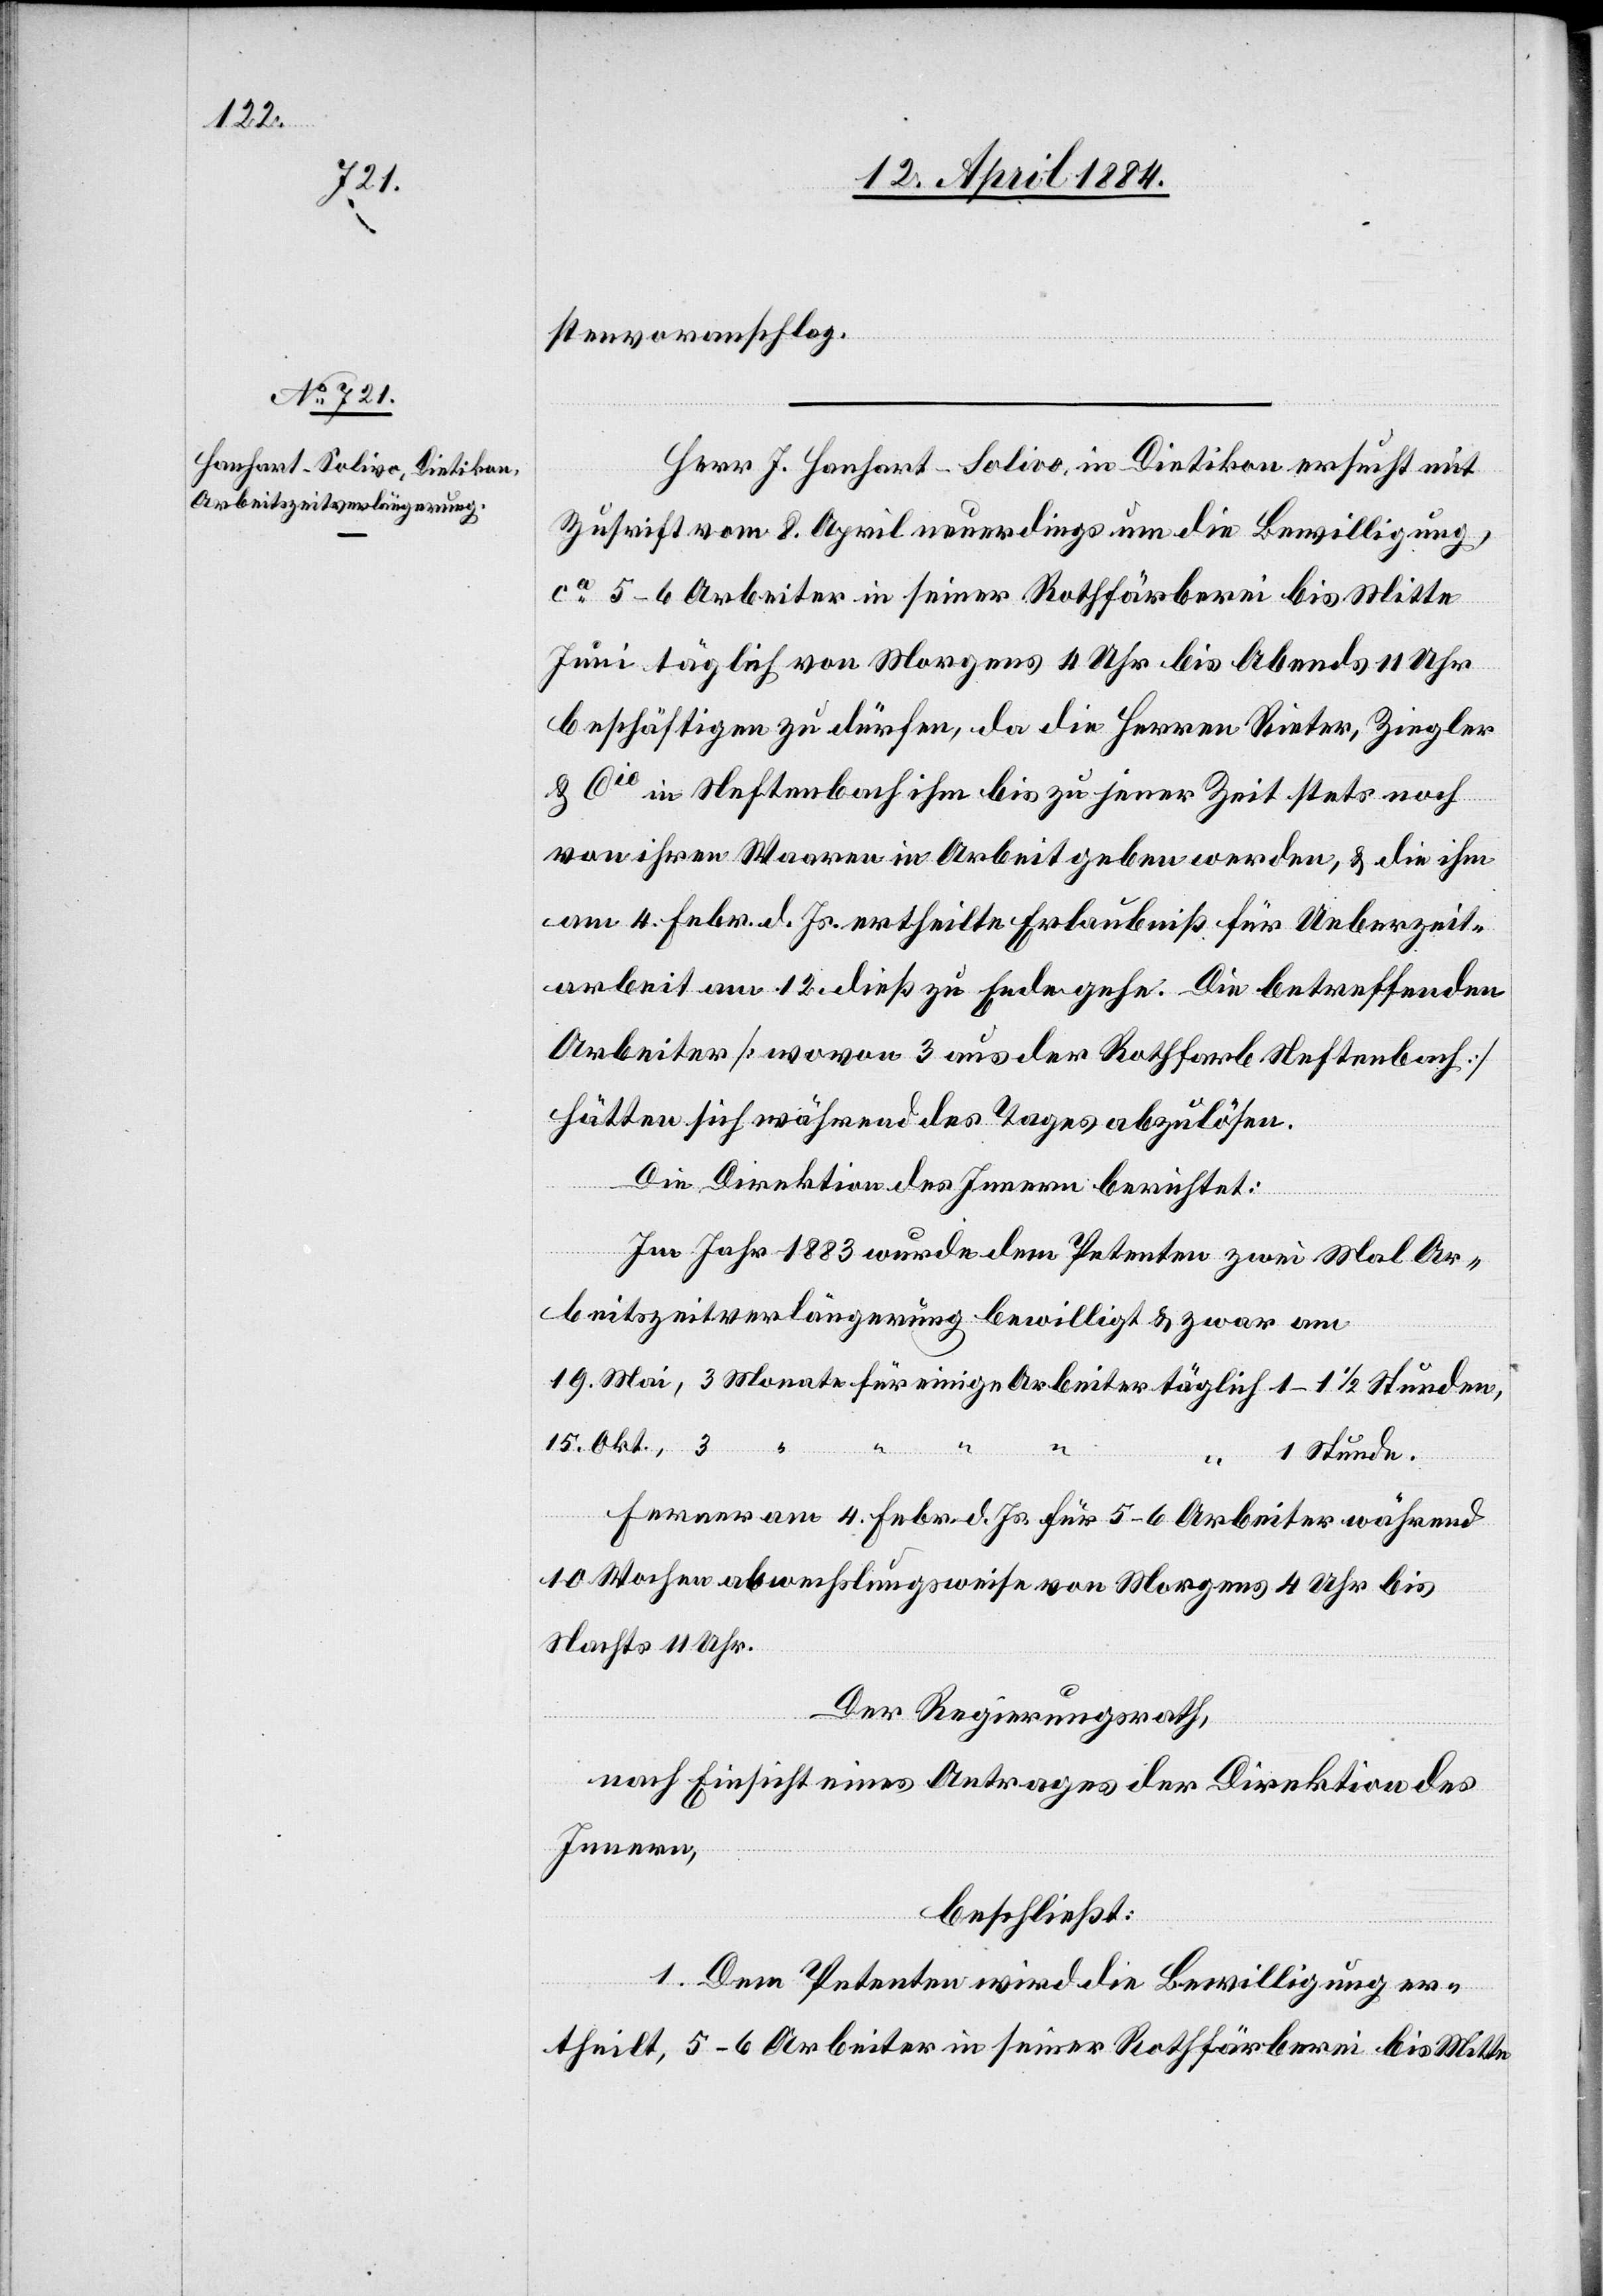
stenvoranschlag.
Herr J. Hanhart-Solivo, in Dietikon ersucht mit
Zuschrift vom 8. April neuerdings um die Bewilligung,
ca 5–6 Arbeiter in seiner Rothfärberei bis Mitte
Juni täglich von Morgens 4 Uhr bis Abends 11 Uhr
beschäftigen zu dürfen, da die Herren Rieter, Ziegler
& Cie in Neftenbach ihm bis zu jener Zeit stets noch
von ihren Waaren in Arbeit geben werden, & die ihm
am 4. Febr. d. Js. ertheilte Erlaubniß für Ueberzeit¬
arbeit am 12. dieß zu Ende gehe. Die betreffenden
Arbeiter [wovon 3 aus der Rothfarb Neftenbach]
hätten sich während des Tages abzulösen.
Die Direktion des Innern berichtet:
Im Jahr 1883 wurde dem Petenten zwei Mal Ar¬
beitzeitverlängerung bewilligt & zwar am
15. Okt.,
19.
3
1 Stunde.
Ferner am 4. Febr. d. Js. für 5–6 Arbeiter während
10 Wochen abwechslungsweise von Morgens 4 Uhr bis
Nachts 11 Uhr.
Der Regierungsrath,
nach Einsicht eines Antrages der Direktion des
Innern,
“
beschließt:
1. Dem Petenten wird die Bewilligung er¬
theilt, 5–6 Arbeiter in seiner Rothfärberei bis Mitte